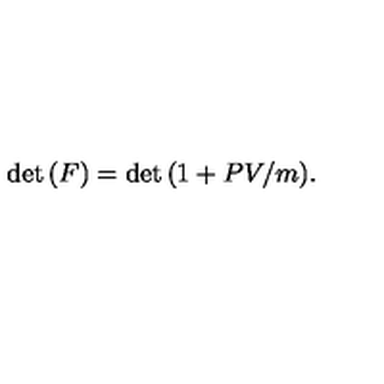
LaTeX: \det { ( F ) } = \det { ( 1 + P V / m ) } .